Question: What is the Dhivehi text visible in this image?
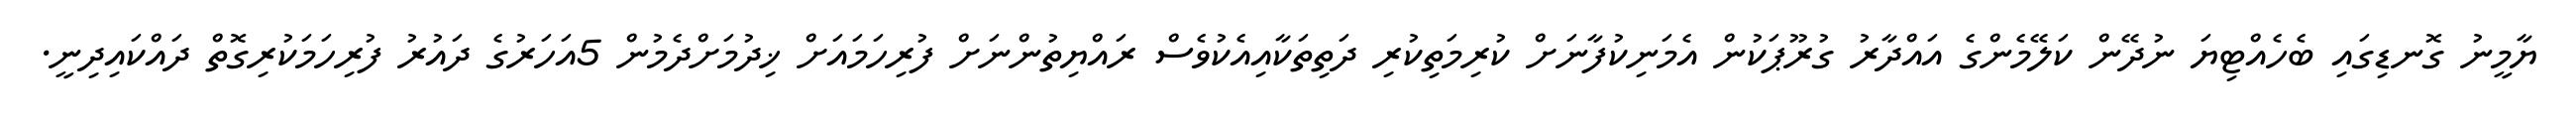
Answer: ޔާމީނު ގޮނޑިގައި ބެހެއްޓިޔަ ނުދޭން ކަލޭމެންގެ އައްދާރު ގުރޫޕަކުން އެމަނިކުފާނަށް ކުރިމަތިކުރި ދަތިތަކާއިއެކުވެސް ރައްޔިތުންނަށް ފުރިހަމައަށް ޚިދުމަށްދެމުން 5އަހަރުގެ ދައުރު ފުރިހަމަކުރިގޮތް ދައްކައިދިނީ.